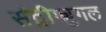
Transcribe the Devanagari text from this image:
सेंट्रीफ्युगल